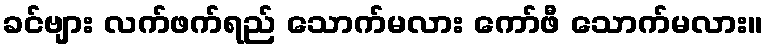
ခင်ဗျား လက်ဖက်ရည် သောက်မလား ကော်ဖီ သောက်မလား။